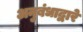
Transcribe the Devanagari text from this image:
अनुबंधाद्वारे